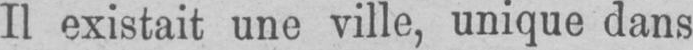
Il existait une ville, unique dans